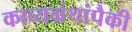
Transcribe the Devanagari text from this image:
काव्यग्रंथांपैकी